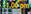
11:00